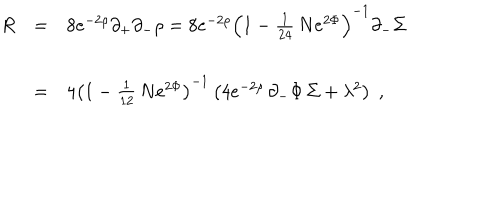
\begin{array} { l l l } { { R } } & { { = } } & { { 8 e ^ { - 2 \rho } \partial _ { + } \partial _ { - } \rho = 8 e ^ { - 2 \rho } { \left( 1 - { \frac { 1 } { 2 4 } } \, N e ^ { 2 \Phi } \right) } ^ { - 1 } \partial _ { - } \Sigma } } \\ { { \ } } & { { = } } & { { 4 { \left( 1 - { \frac { 1 } { 1 2 } } \, N e ^ { 2 \Phi } \right) } ^ { - 1 } \left( 4 e ^ { - 2 \rho } \, \partial _ { - } \Phi \, \Sigma + \lambda ^ { 2 } \right) \; , } } \\ \end{array}